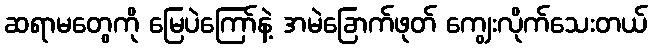
ဆရာမတွေကို မြေပဲကြော်နဲ့ အမဲခြောက်ဖုတ် ကျွေးလိုက်သေးတယ်